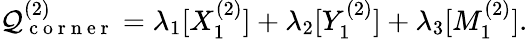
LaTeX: \mathcal{Q}_{\mathrm{{~c~o~r~n~e~r~}}}^{(2)}=\lambda_{1}[X_{1}^{(2)}]+\lambda_{2}[Y_{1}^{(2)}]+\lambda_{3}[M_{1}^{(2)}].